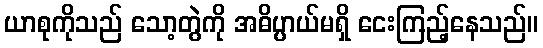
ယာစုကိုသည် သော့တွဲကို အဓိပ္ပာယ်မရှိ ငေးကြည့်နေသည်။